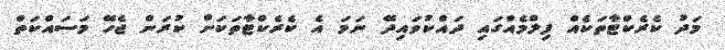
މަދު ކެރެކްޓާތަކެއް ފިލްމެއްގައި ދައްކުވައިދޭ ނަމަ އެ ކެރެކްޓާތަކަށް ކުރަން ޖެހޭ މަސައްކަތް